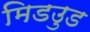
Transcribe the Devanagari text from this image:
मिडउुड